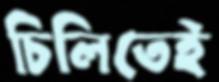
চিলিতেই